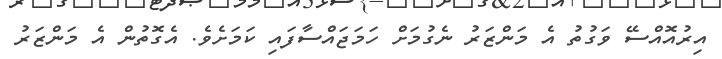
އިރުއޮއްސޭ ވަގުތު އެ މަންޒަރު ނެގުމަށް ހަމަޖައްސާފައި ކަމަށެވެ. އެގޮތުން އެ މަންޒަރު